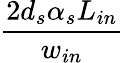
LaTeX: \frac{2d_{s}\alpha_{s}L_{in}}{w_{in}}